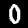
Digit: 0